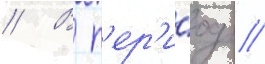
// В п'ер'и́од /